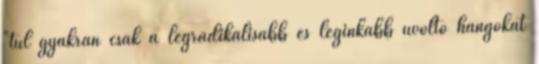
"túl gyakran csak a legradikálisabb és leginkább üvöltő hangokat